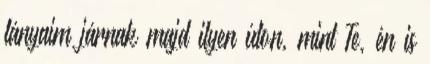
lányaim járnak majd ilyen úton, mint Te, én is